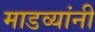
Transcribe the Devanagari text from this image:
माडव्यांनी